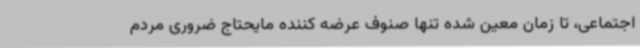
اجتماعی، تا زمان معین شده تنها صنوف عرضه کننده مایحتاج ضروری مردم